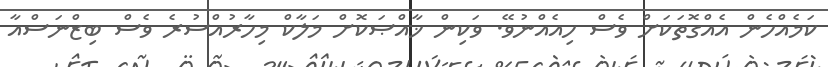
ކަމެއްހެން އެއްގޮތަކަށް ވެސް ހިއެއްނުވޭ. ވަކިން ޚާއްޞަކޮށް މަލާކް މިހާރުއްސުރެ ވެސް ބިޒްނަސްއާ